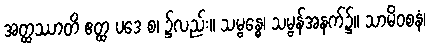
အတ္ထဿာတိ ဧတ္ထ ပဒေ စ၊ ၌လည်း။ သမ္ဗန္ဓေ၊ သမ္ဗန်အနက်၌။ သာမိဝစနံ၊